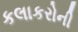
કલાકરોની